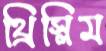
থ্রিস্লিম